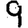
Digit: 9